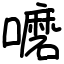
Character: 嚰